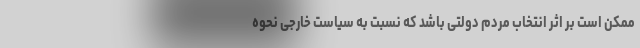
ممکن است بر اثر انتخاب مردم دولتی باشد که نسبت به سیاست خارجی نحوه